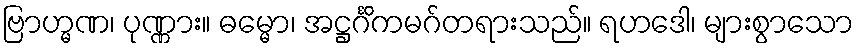
ဗြာဟ္မဏ၊ ပုဏ္ဏား။ ဓမ္မော၊ အဋ္ဌင်္ဂိကမဂ်တရားသည်။ ရဟဒေါ၊ များစွာသော